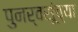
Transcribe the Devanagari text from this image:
पुनर्वसूंच्या